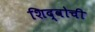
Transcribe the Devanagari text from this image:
शिद्वोची